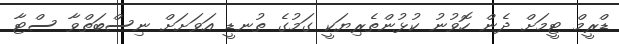
ޑްރީމް ޓީމަށް ދެން ހޮވުނު ކުޅުންތެރިޔަކީ ގަމުގެ ތުނޑީ އަވަށަށް ނިސްބަތްވާ ސްޓާ